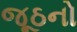
જૂઠનો